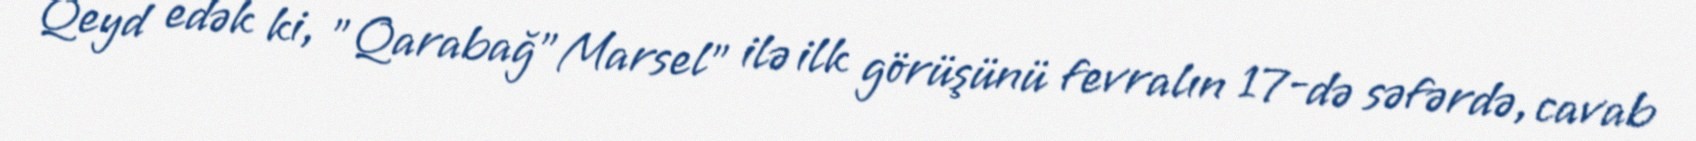
Qeyd edək ki, "Qarabağ"Marsel" ilə ilk görüşünü fevralın 17-də səfərdə, cavab